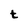
Character: t